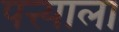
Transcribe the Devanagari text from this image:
पत्त्याला